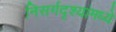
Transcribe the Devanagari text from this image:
निसर्गदृश्यांमध्ये